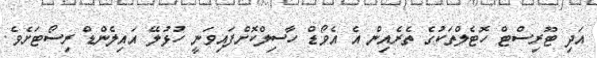
އަދި ޓޫރިސްޓް ހޮޓެލްތަކުގެ ތެރެއިން އެ އެވޯޑް ހާސިލްކޮށްފައިވަނީ ހުޅުލޭ އައިލެންޑް ރިސޯޓަށެވެ.